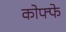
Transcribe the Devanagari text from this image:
कोफ्फे